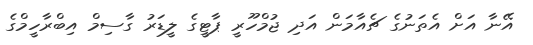
އޭނާ އަށް އެތަނުގެ ޗެއާމަން އަދި ޖުމްހޫރީ ޕާޓީގެ ލީޑަރުު ގާސިމް އިބްރާހީމްގެ